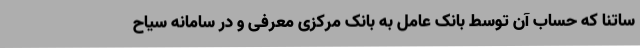
ساتنا که حساب آن توسط بانک عامل به بانک مرکزی معرفی و در سامانه سیاح